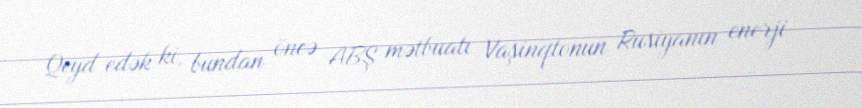
Qeyd edək ki, bundan öncə ABŞ mətbuatı Vaşinqtonun Rusiyanın enerji